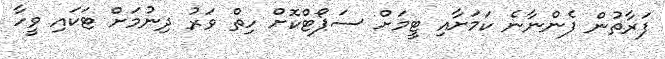
ފަރާތުން ފެންނާނެ ކަމަށާއި ޓީމަށް ސަޕޯޓްކޮށް ހިތް ވަރު ދިނުމަށް ޓަކައި ވީހާ